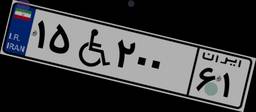
۱۵W۲۰۰۶۱